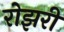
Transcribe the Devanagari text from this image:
रोझरी